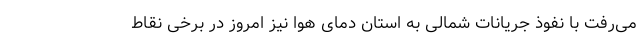
می‌رفت با نفوذ جریانات شمالی به استان دمای هوا نیز امروز در برخی نقاط